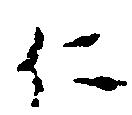
仁